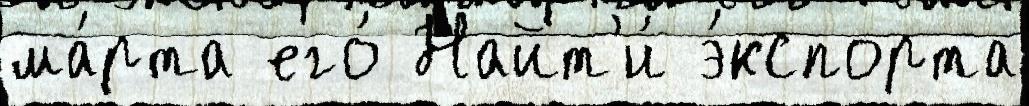
ма́рта его́ Найт'и́ э́кспорта